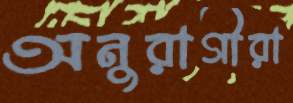
অনুরাগীরা